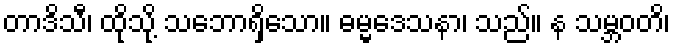
တာဒိသီ၊ ထိုသို့ သဘောရှိသော။ ဓမ္မဒေသနာ၊ သည်။ န သမ္ဘဝတိ၊